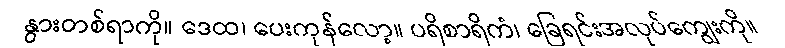
နွားတစ်ရာကို။ ဒေထ၊ ပေးကုန်လော့။ ပရိစာရိကံ၊ ခြေရင်းအလုပ်ကျွေးကို။